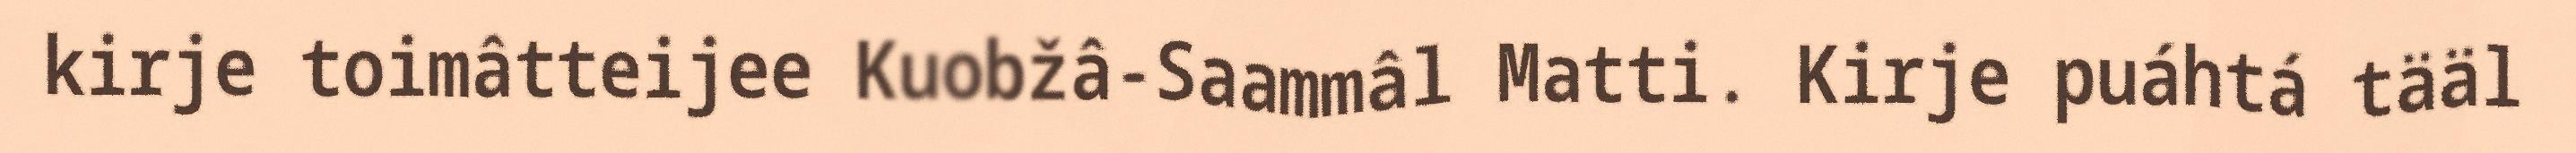
kirje toimâtteijee Kuobžâ-Saammâl Matti. Kirje puáhtá tääl